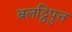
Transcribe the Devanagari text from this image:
बलट्ठिपुत्त